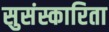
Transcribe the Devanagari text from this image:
सुसंस्कारिता